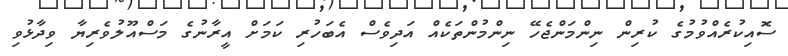
ސޮއިކުރެއްވުމުގެ ކުރިން ނިންމަންޖެހޭ ނިންމުންތަކެއް އަދިވެސް އެބަހުރި ކަމަަށް އީރާނުގެ މަސްއޫލުވެރިޔާ ވިދާޅުވި